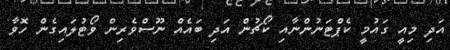
އަދި މިއީ ގައުމީ ކެޕްޓަނުންނާއި ކޯޗުން އަދި ބައެއް ނޫސްވެރިން ވޯޓުލައިގެން ހޮވާ